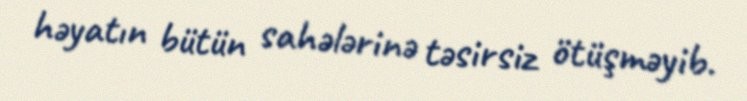
həyatın bütün sahələrinə təsirsiz ötüşməyib.